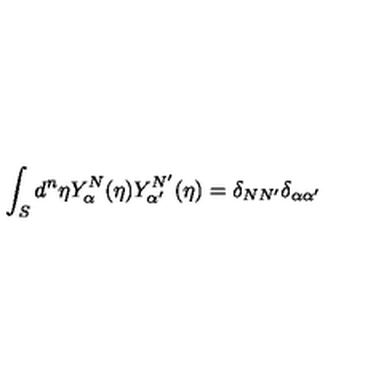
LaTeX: \int _ { S } d ^ { n } { \eta } Y _ { \alpha } ^ { N } ( \eta ) Y _ { \alpha ^ { \prime } } ^ { N ^ { \prime } } ( \eta ) = \delta _ { N N ^ { \prime } } \delta _ { \alpha \alpha ^ { \prime } }